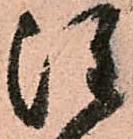
注